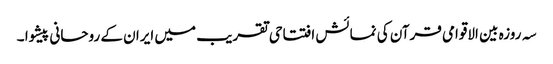
سہ روزہ بین الاقوامی قرآن کی نمائش افتتاحی تقریب میں ایران کے روحانی پیشوا ۔